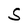
Character: S